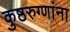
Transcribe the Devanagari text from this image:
कुष्ठरुग्णांना